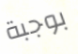
بوجبة